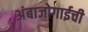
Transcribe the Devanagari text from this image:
अंबाजोगाईची